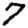
Digit: 7